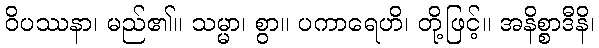
ဝိပဿနာ၊ မည်၏။ သမ္မာ၊ စွာ။ ပကာရေဟိ၊ တို့ဖြင့်။ အနိစ္စာဒီနိ၊